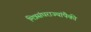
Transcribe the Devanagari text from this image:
मित्रसंघराज्यांपैकी